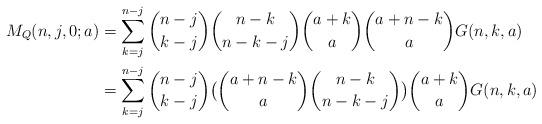
LaTeX: \begin{align*}M_Q(n,j,0;a)&=\sum_{k=j}^{n-j}\binom{n-j}{k-j}\binom{n-k}{n-k-j}\binom{a+k}{a}\binom{a+n-k}{a}G(n,k,a)\\&=\sum_{k=j}^{n-j}\binom{n-j}{k-j}\bigl{(}\binom{a+n-k}{a}\binom{n-k}{n-k-j}\bigr{)}\binom{a+k}{a}G(n,k,a)\end{align*}